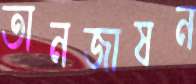
তানজাষন